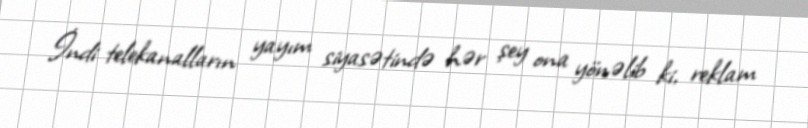
İndi telekanalların yayım siyasətində hər şey ona yönəlib ki, reklam